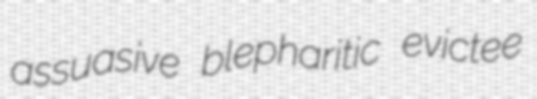
assuasive blepharitic evictee